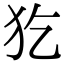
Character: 犵